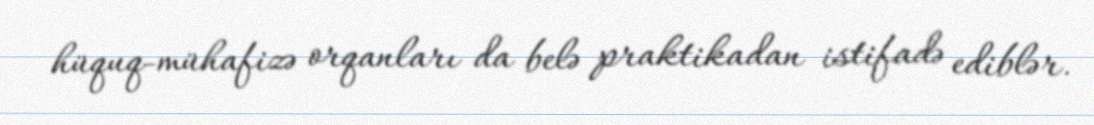
hüquq-mühafizə orqanları da belə praktikadan istifadə ediblər.